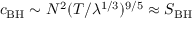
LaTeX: c _ { \mathrm { B H } } \sim N ^ { 2 } ( T / \lambda ^ { 1 / 3 } ) ^ { 9 / 5 } \approx S _ { \mathrm { B H } }